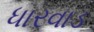
ધારવાડ